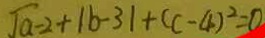
\sqrt { a } - 2 + \vert b - 3 \vert + ( c - 4 ) ^ { 2 } = 0